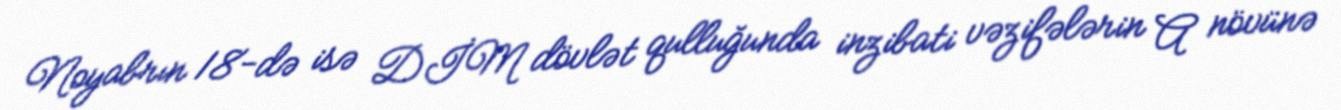
Noyabrın 18-də isə DİM dövlət qulluğunda inzibati vəzifələrin A növünə